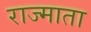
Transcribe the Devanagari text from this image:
राज्माता